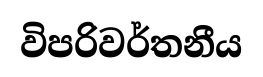
විපරිවර්තනීය